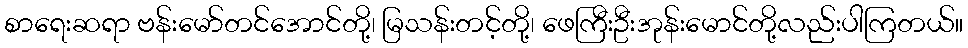
စာရေးဆရာ ဗန်းမော်တင်အောင်တို့၊ မြသန်းတင့်တို့၊ ဖေကြီးဦးအုန်းမောင်တို့လည်းပါကြတယ်။